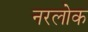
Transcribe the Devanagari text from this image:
नरलोक